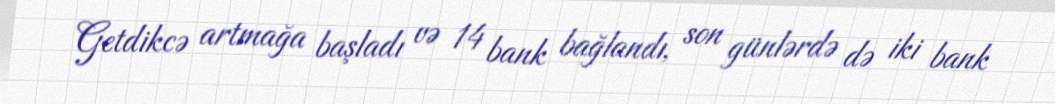
Getdikcə artmağa başladı və 14 bank bağlandı, son günlərdə də iki bank